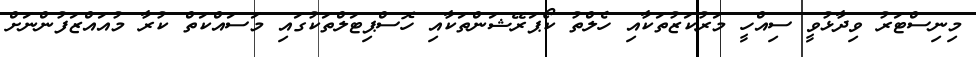
މިނިސްޓަރު ވިދާޅުވީ ސިއްހީ މަރުކަޒުތަކާއި ހެލްތު ކޯޕަރޭޝަންތަކާއި ހޮސްޕިޓަލްތަކުގައި މަސައްކަތް ކުރާ މުއައްޒަފުންނަށް